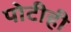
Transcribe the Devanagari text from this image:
पोटीही